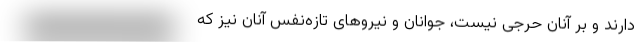
دارند و بر آنان حَرَجی نیست، جوانان و نیروهای تازه‌نفس آنان نیز که